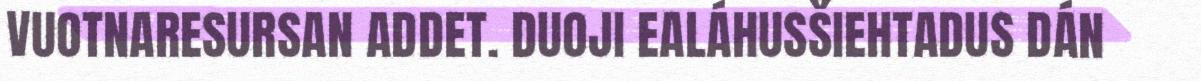
VUOTNARESURSAN ADDET. DUOJI EALÁHUSŠIEHTADUS DÁN